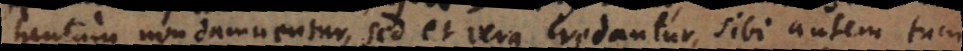
tantum non damnentur, sed et vera credantur, sibi autem tum